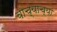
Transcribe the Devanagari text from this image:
वाच्याच्या